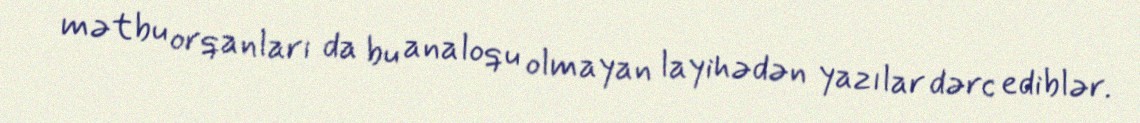
mətbu orqanları da bu analoqu olmayan layihədən yazılar dərc ediblər.